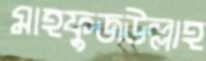
মাহফুজউল্লাহ